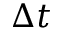
\Delta t